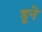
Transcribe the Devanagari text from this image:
डूने